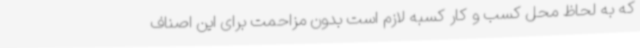
که به لحاظ محل کسب و کار کسبه لازم است بدون مزاحمت برای این اصناف